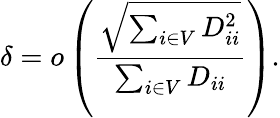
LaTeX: \delta=o\left(\frac{\sqrt{\sum_{i\in V}D_{ii}^{2}}}{\sum_{i\in V}D_{ii}}\right).